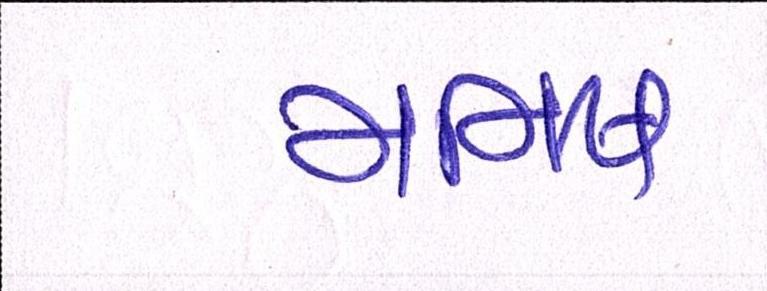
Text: મનિષ